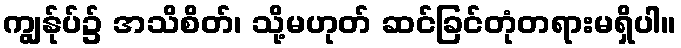
ကျွန်ုပ်၌ အသိစိတ်၊ သို့မဟုတ် ဆင်ခြင်တုံတရားမရှိပါ။